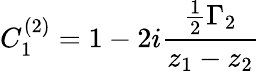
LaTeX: C_{1}^{(2)}=1-2i{\frac{{\frac{1}{2}}\Gamma_{2}}{z_{1}-z_{2}}}